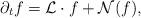
LaTeX: \begin{align*}\partial_t f = \mathcal{L}\cdot f + \mathcal{N}(f), \end{align*}